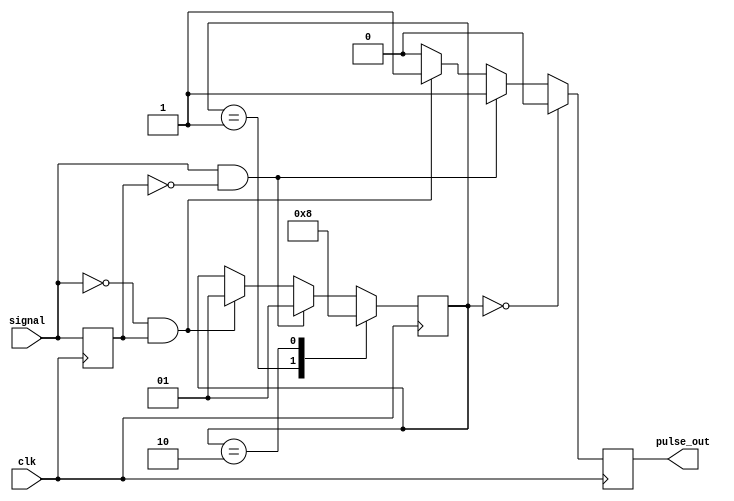
module PulseEdgeDetector (
    input wire signal,      // Digital input signal
    input wire clk,        // Clock signal
    output reg pulse_out    // Output pulse signal
);

    // Internal register to hold the previous state of the input signal
    reg prev_signal;

    // Pulse width control (in clock cycles)
    parameter PULSE_WIDTH = 2; // Adjust this for desired pulse width

    // State variable to control pulse output timing
    reg [1:0] pulse_state; // 0: idle, 1: pulse high, 2: pulse low

    // Edge detection and pulse generation process
    always @(posedge clk) begin
        // Detect rising and falling edges
        if (signal && !prev_signal) begin
            // Rising edge detected
            pulse_out <= 1'b1; // Start pulse
            pulse_state <= 1;   // Go to pulse high state
        end else if (!signal && prev_signal) begin
            // Falling edge detected
            pulse_out <= 1'b1; // Start pulse
            pulse_state <= 1;   // Go to pulse high state
        end else begin
            // No edge detected
            pulse_out <= 1'b0; // Ensure pulse_out is low
        end

        // Store the current signal state for the next clock cycle
        prev_signal <= signal;

        // Pulse width control
        case (pulse_state)
            0: begin
                // Idle state, hold pulse low
                pulse_out <= 0;
            end
            1: begin
                // Pulse high state
                if (PULSE_WIDTH > 0) begin
                    pulse_state <= 2; // Transition to pulse low state
                end
                // Keep pulse high for PULSE_WIDTH clock cycles
            end
            2: begin
                // Pulse low state
                if (PULSE_WIDTH == 0) begin
                    pulse_state <= 0; // Return to idle state
                    pulse_out <= 0;
                end else begin
                    // Decrement pulse width counter if needed
                    pulse_state <= 0; // Transition back to idle
                end
            end
        endcase
    end

    // Initialization
    initial begin
        prev_signal = 1'b0; // Start with signal low
        pulse_out = 1'b0;   // Start with pulse output low
        pulse_state = 0;    // Start in idle state
    end
endmodule